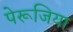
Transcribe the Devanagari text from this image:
पेरूजिया